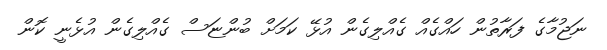
ނަޖުމާގެ ފަރާތުން ހައްގެއް ގެއްލިގެން އުޅޭ ކަމަށް ބުންޏަސް ގެއްލިގެން އުޅެނީ ކޮން